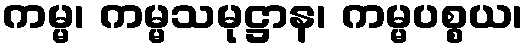
ကမ္မ၊ ကမ္မသမုဋ္ဌာန၊ ကမ္မပစ္စယ၊